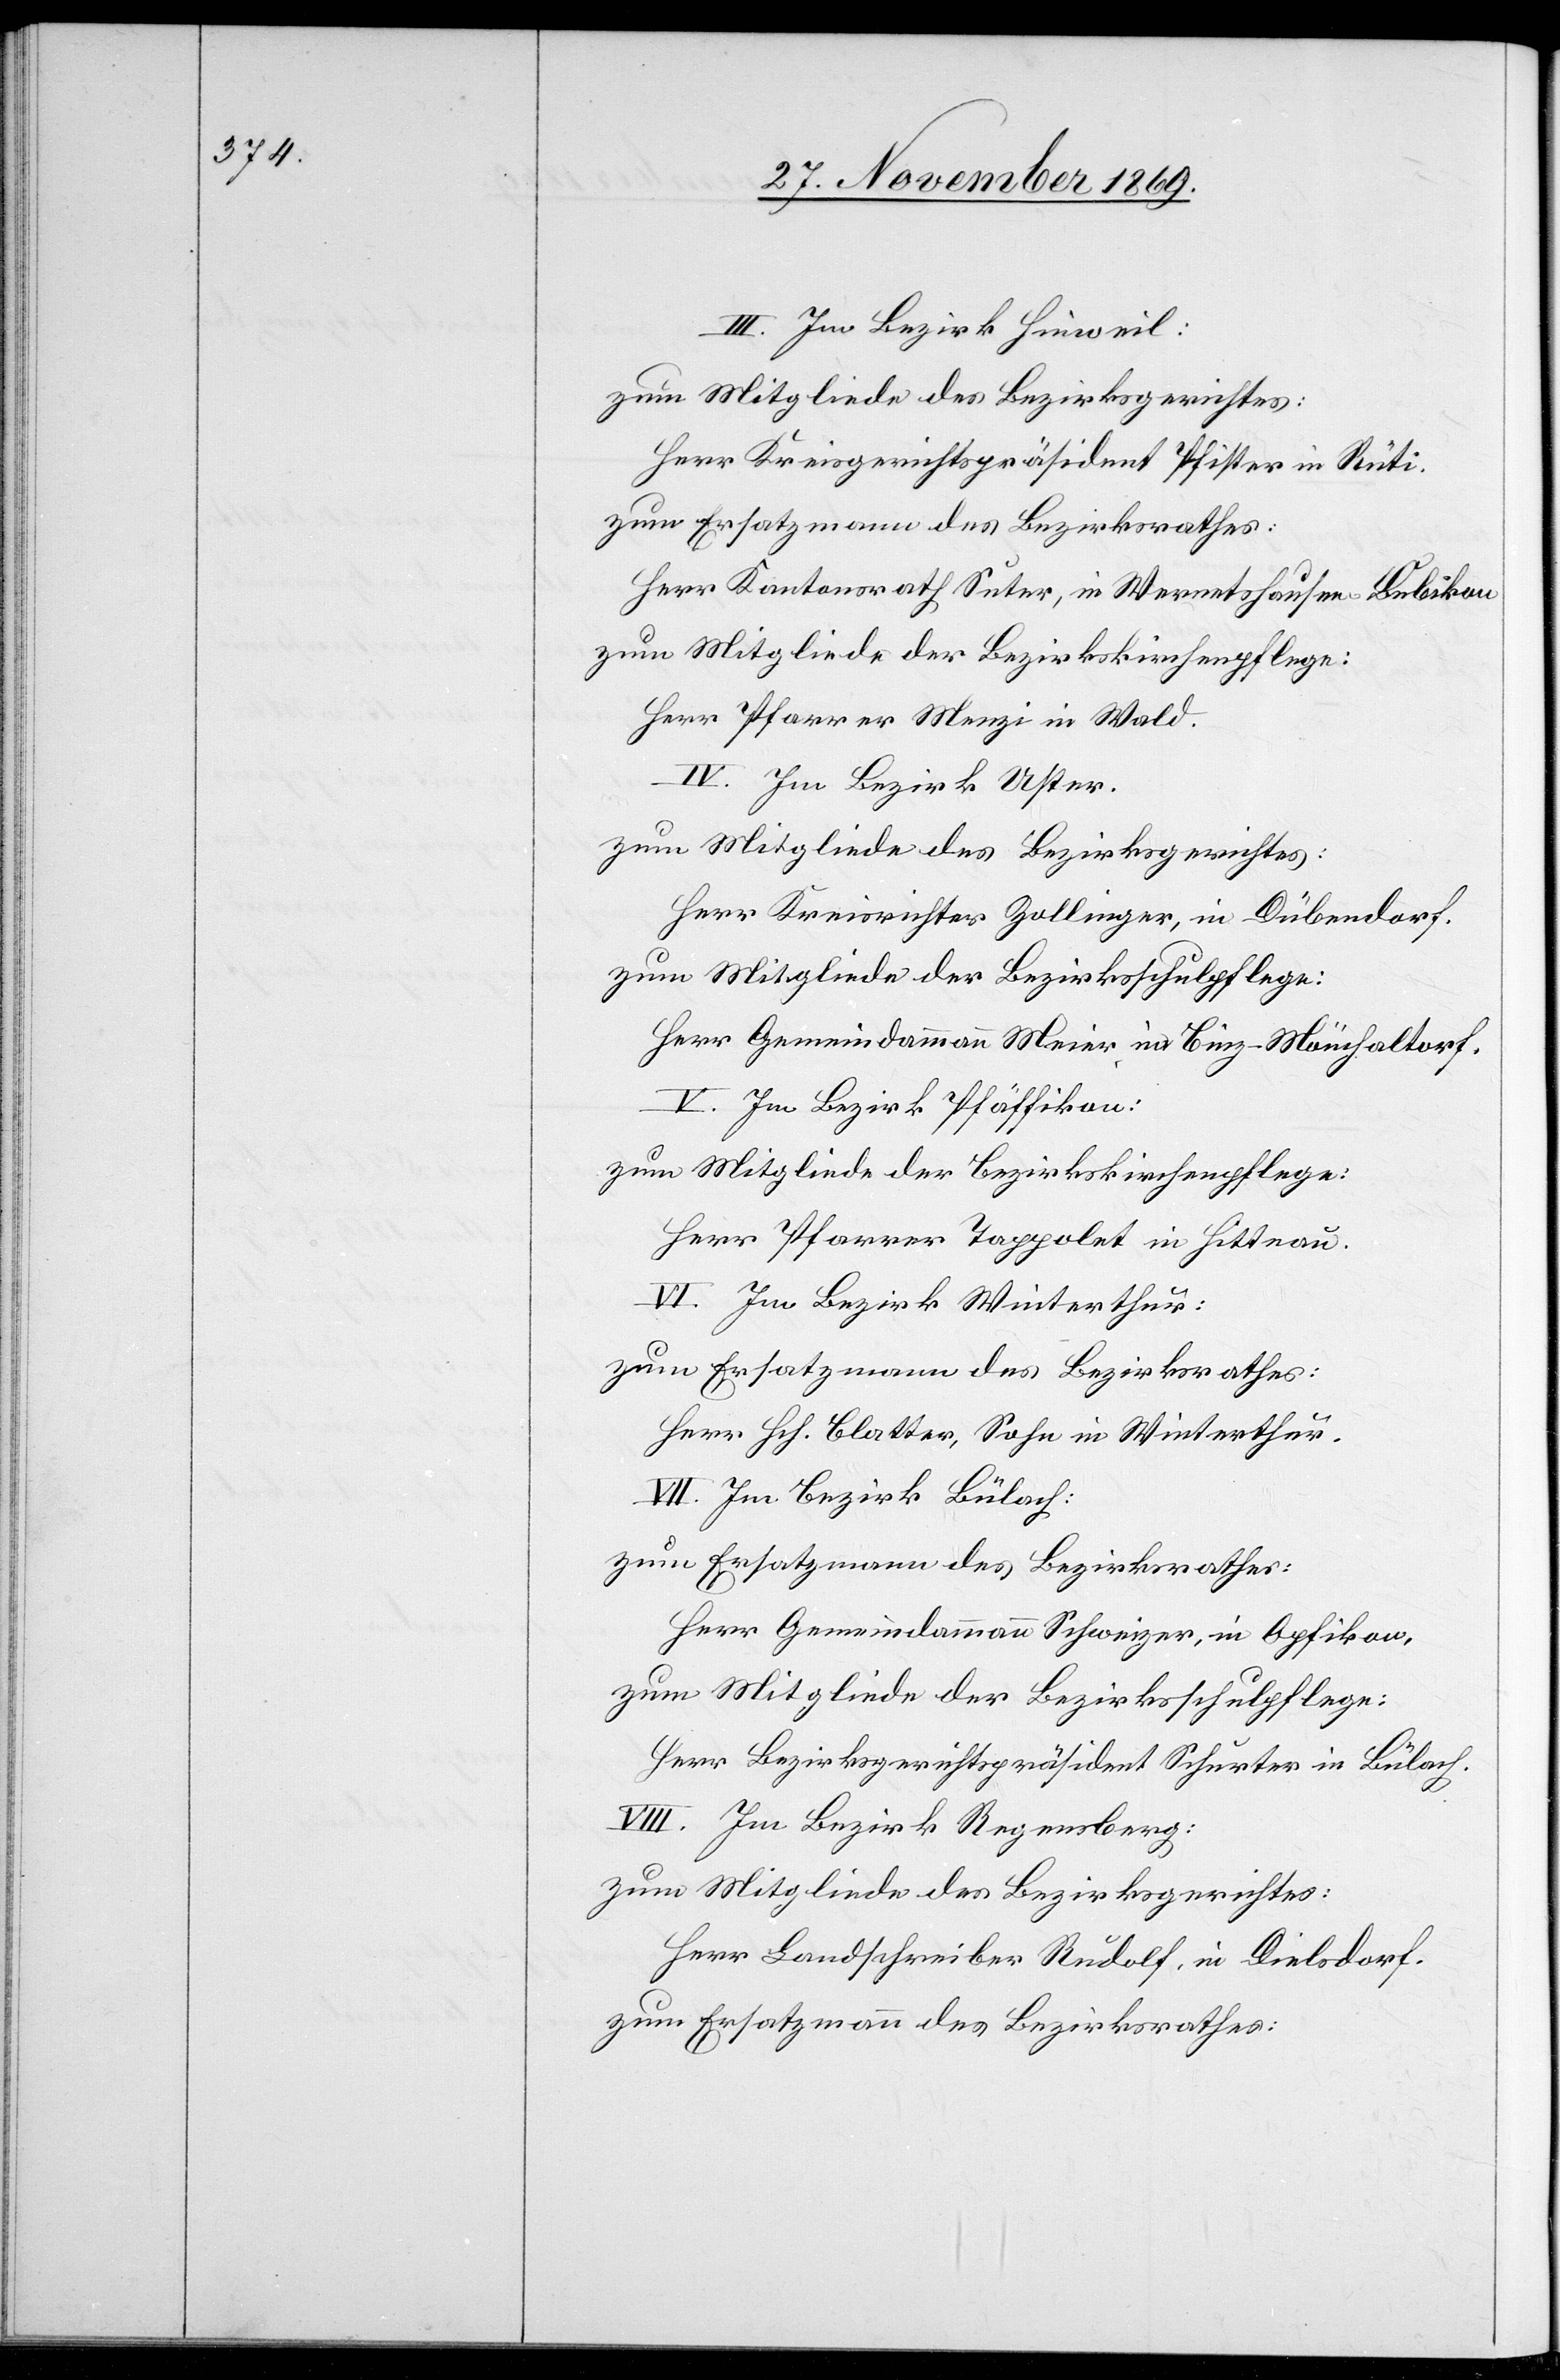
III. Im Bezirk Hinweil:
zum Mitgliede des Bezirksgerichtes:
Herr Kreisgerichtspräsident Pfister in Rüti.
zum Ersatzmann des Bezirksrathes:
Herr Kantonsrath Suter, in Wernetshausen Bubikon
zum Mitgliede der Bezirkskirchenpflege:
Herr Pfarrer Menzi in Wald.
IV. Im Bezirk Uster.
zum Mitgliede des Bezirksgerichtes:
Herr Kreisrichter Zollinger, in Dübendorf.
zum Mitgliede der Bezirksschulpflege:
Herr Gemeindammann Meier in Binz - Mönchaltorf.
V. Im Bezirk Pfäffikon:
zum Mitgliede der Bezirkskirchenpflege:
Herr Pfarrer Tappolet in Hittnau.
VI. Im Bezirk Winterthur:
zum Ersatzmann des Bezirksrathes:
Herr Hch. Blatter, Sohn in Winterthur.
VII. Im Bezirk Bülach:
zum Ersatzmann des Bezirksrathes:
Herr Gemeindammann Schweizer, in Opfikon,
zum Mitgliede der Bezirksschulpflege:
Herr Bezirksgerichtspräsident Schurter in Bülach.
VIII. Im Bezirk Regensberg:
zum Mitgliede des Bezirksgerichtes:
Herr Landschreiber Rudolf, in Dielsdorf.
zum Ersatzmann des Bezirksrathes: